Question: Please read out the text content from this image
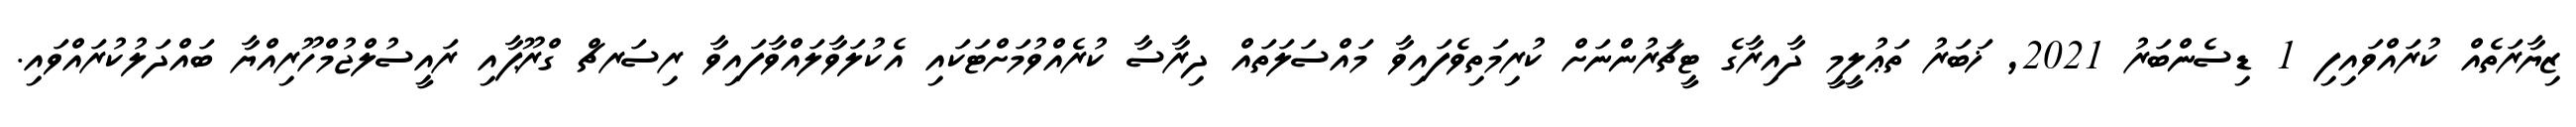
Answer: ޒިޔާރަތެއް ކުރައްވައިފި 1 ޑިސެންބަރު 2021, ޚަބަރު ތަޢުލީމީ ދާއިރާގެ ޓީޗަރުންނަށް ކުރިމަތިވެފައިވާ މައްސަލަތައް ދިރާސާ ކުރެއްވުމަށްޓަކައި އެކުލަވާލައްވާފައިވާ ރިސަރޗް ގްރޫޕާއި ރައީސުލްޖުމްހޫރިއްޔާ ބައްދަލުކުރައްވައި.